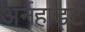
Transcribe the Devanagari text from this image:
अर्नहार्ड्ट